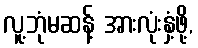
လူ့ဘုံမဆန့် အားလုံးနှံ့ဖို့,